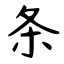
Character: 条